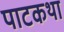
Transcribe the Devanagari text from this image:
पाटकथा